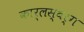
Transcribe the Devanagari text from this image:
कार्लस्बर्ग